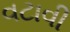
વટાવી